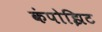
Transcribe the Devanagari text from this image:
कंपोझिट